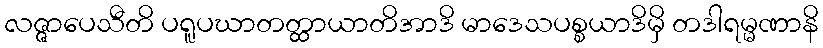
လဇ္ဇာပေသီတိ ပရူပဃာတတ္ထာယာတိအာဒိ မာဒေသပစ္စယာဒိမှိ တဒါရမ္မဏာနိ